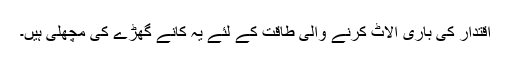
اقتدار کی باری الاٹ کرنے والی طاقت کے لئے یہ کانے گھڑے کی مچھلی ہیں۔